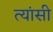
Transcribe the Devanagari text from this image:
त्यांसी